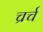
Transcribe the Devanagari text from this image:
च्रर्च